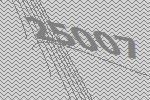
25007